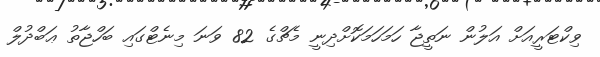
ވިކްޓަރީއަށް އަލުން ނަތީޖާ ހަމަހަމަކޮށްދިނީ މެޗްގެ 82 ވަނަ މިނެޓްގައި ބަހްޖާތު ޢަބްދުލް